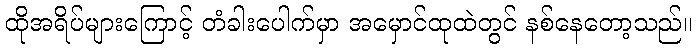
ထိုအရိပ်များကြောင့် တံခါးပေါက်မှာ အမှောင်ထုထဲတွင် နစ်နေတော့သည်။